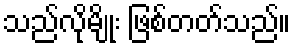
သည်လိုမျိုး ဖြစ်တတ်သည်။